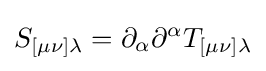
S_{[\mu \nu ]\lambda }=\partial _{\alpha }\partial ^{\alpha }T_{[\mu \nu ]\lambda }